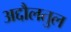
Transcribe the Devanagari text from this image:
अद्दौलतुल